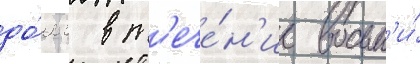
до́лг в т'ече́н'ие восьм'и́